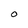
Character: O